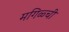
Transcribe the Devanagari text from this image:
मगिळ्ची